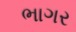
ભાગર